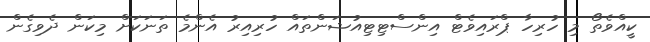
ކީއްވެތޯ މި ހުރިހާ ޕްރައިވެޓް އިންސްޓިޓިއުޝަންތައް ހުރިއިރު އެންމެ ތަނަކަށް މިކަން ދެވިގެން